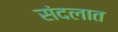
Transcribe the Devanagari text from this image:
संदलात